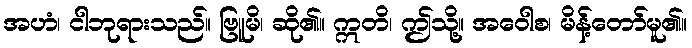
အဟံ၊ ငါဘုရားသည်။ ဗြူမိ၊ ဆို၏။ ဣတိ၊ ဤသို့။ အဝေါစ၊ မိန့်တော်မူ၏။